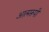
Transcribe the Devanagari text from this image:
आत्मरूपी